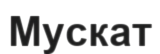
Мускат